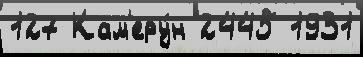
127 Кам'еру́н 2445 1931